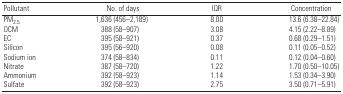
| Pollutant | No. of days | IQR | Concentration |
 | --- | --- | --- | --- |
 | PM2.5 | 1,636 (456–2,189) | 8.00 | 13.6 (6.38–22.84) |
 | OCM | 388 (58–907) | 3.08 | 4.15 (2.22–8.89) |
 | EC | 395 (58–921) | 0.37 | 0.68 (0.29–1.51) |
 | Silicon | 395 (56–920) | 0.08 | 0.11 (0.05–0.52) |
 | Sodium ion | 374 (58–834) | 0.11 | 0.12 (0.04–0.60) |
 | Nitrate | 387 (58–720) | 1.22 | 1.70 (0.50–10.05) |
 | Ammonium | 392 (58–923) | 1.14 | 1.53 (0.34–3.90) |
 | Sulfate | 392 (58–923) | 2.75 | 3.50 (0.71–5.91) |